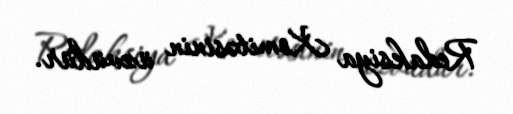
Redaksiya Komitəsinin üzvüdür.